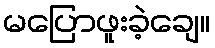
မပြောဖူးခဲ့ချေ။